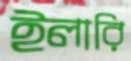
ইলারি